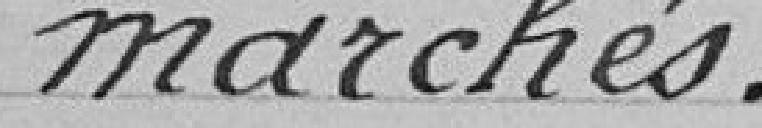
marchés .